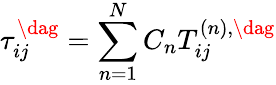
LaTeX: \tau_{ij}^{\dag}=\sum_{n=1}^{N}{{C_{n}}T_{ij}^{\left(n\right),\dag}}